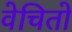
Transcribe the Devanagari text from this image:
वेचितो